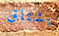
يشتاق